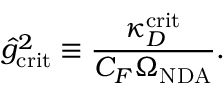
\hat { g } _ { \mathrm { c r i t } } ^ { 2 } \equiv \frac { \kappa _ { D } ^ { \mathrm { c r i t } } } { C _ { F } \Omega _ { \mathrm { N D A } } } .